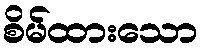
စိမ်ထားသော